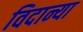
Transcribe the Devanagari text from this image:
विदान्या